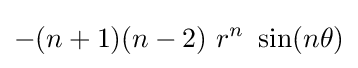
-(n+1)(n-2)~r^{n}~\sin(n\theta )